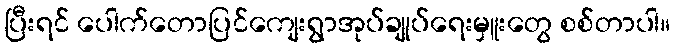
ပြီးရင် ပေါက်တောပြင်ကျေးရွာအုပ်ချုပ်ရေးမှူးတွေ စစ်တာပါ။